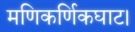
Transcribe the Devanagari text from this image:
मणिकर्णिकघाट।